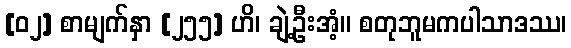
[၀၂] စာမျက်နှာ [၂၅၅] ဟိ၊ ချဲ့ဦးအံ့။ စတုဘူမကပါသာဒဿ၊